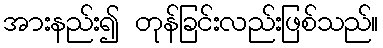
အားနည်း၍ တုန်ခြင်းလည်းဖြစ်သည်။